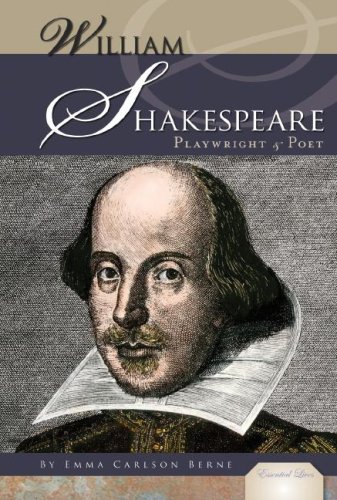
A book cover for William Shakespeare: Playwright & Poet (Essential Lives); Emma Carlson Berne; Teen & Young Adult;